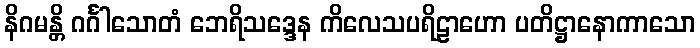
နိဂမန္တိ ဂင်္ဂါသောတံ ဘေရိသဒ္ဒေန ကိလေသပရိဠာဟော ပတိဋ္ဌာနောကာသော